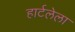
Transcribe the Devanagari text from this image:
हार्टलेला